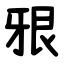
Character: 㸧